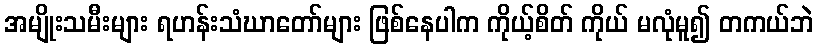
အမျိုးသမီးများ ရဟန်းသံဃာတော်များ ဖြစ်နေပါက ကိုယ့်စိတ် ကိုယ် မလုံမူ၍ တကယ်ဘဲ